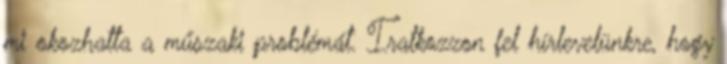
mi okozhatta a műszaki problémát. Iratkozzon fel hírlevelünkre, hogy